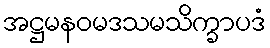
အဋ္ဌမနဝမဒသမသိက္ခာပဒံ